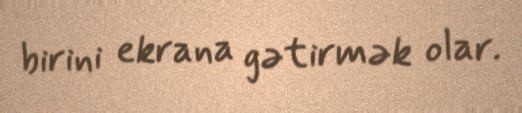
birini ekrana gətirmək olar.